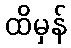
ထိမှန်